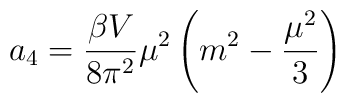
a_4=\frac{\beta V}{8\pi^2}\mu^2\left(m^2-\frac{\mu^2}{3}\right)